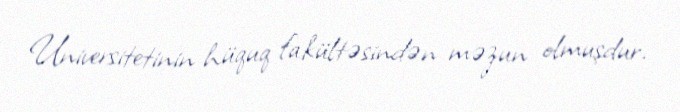
Universitetinin hüquq fakültəsindən məzun olmuşdur.